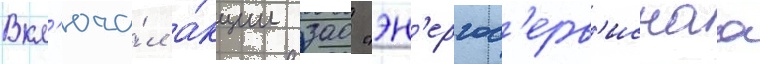
Вкл'юча́л а́кции зао "эн'ергос'ерв'иснаа